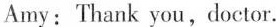
Amy: Thank you,doctor.